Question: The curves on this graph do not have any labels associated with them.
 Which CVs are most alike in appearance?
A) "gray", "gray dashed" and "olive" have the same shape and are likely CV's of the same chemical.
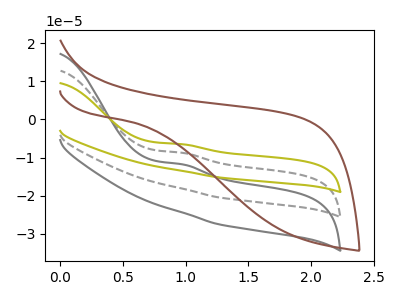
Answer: <think>The gray curve "gray" has an anodic peak at: (0.95V, -11.70uA). The gray dashed curve "gray dashed" has an anodic peak at: (0.95V, -8.70uA). The olive curve "olive" has an anodic peak at: (0.95V, -17.45uA). The brown curve "brown" has no peaks.
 All the peaks in "gray" have a peak in "gray dashed" at the same potential. Every peak in "gray" is lower than every peak in "gray dashed". All the peaks in "gray" have a peak in "olive" at the same potential. Every peak in "gray" is higher than every peak in "olive". "gray" and "brown" have a different number of peaks. All the peaks in "gray dashed" have a peak in "olive" at the same potential. Every peak in "gray dashed" is higher than every peak in "olive". "gray dashed" and "brown" have a different number of peaks. "olive" and "brown" have a different number of peaks.</think>
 <answer>A) "gray", "gray dashed" and "olive" have the same shape and are likely CV's of the same chemical.</answer>
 <eval>A</eval>